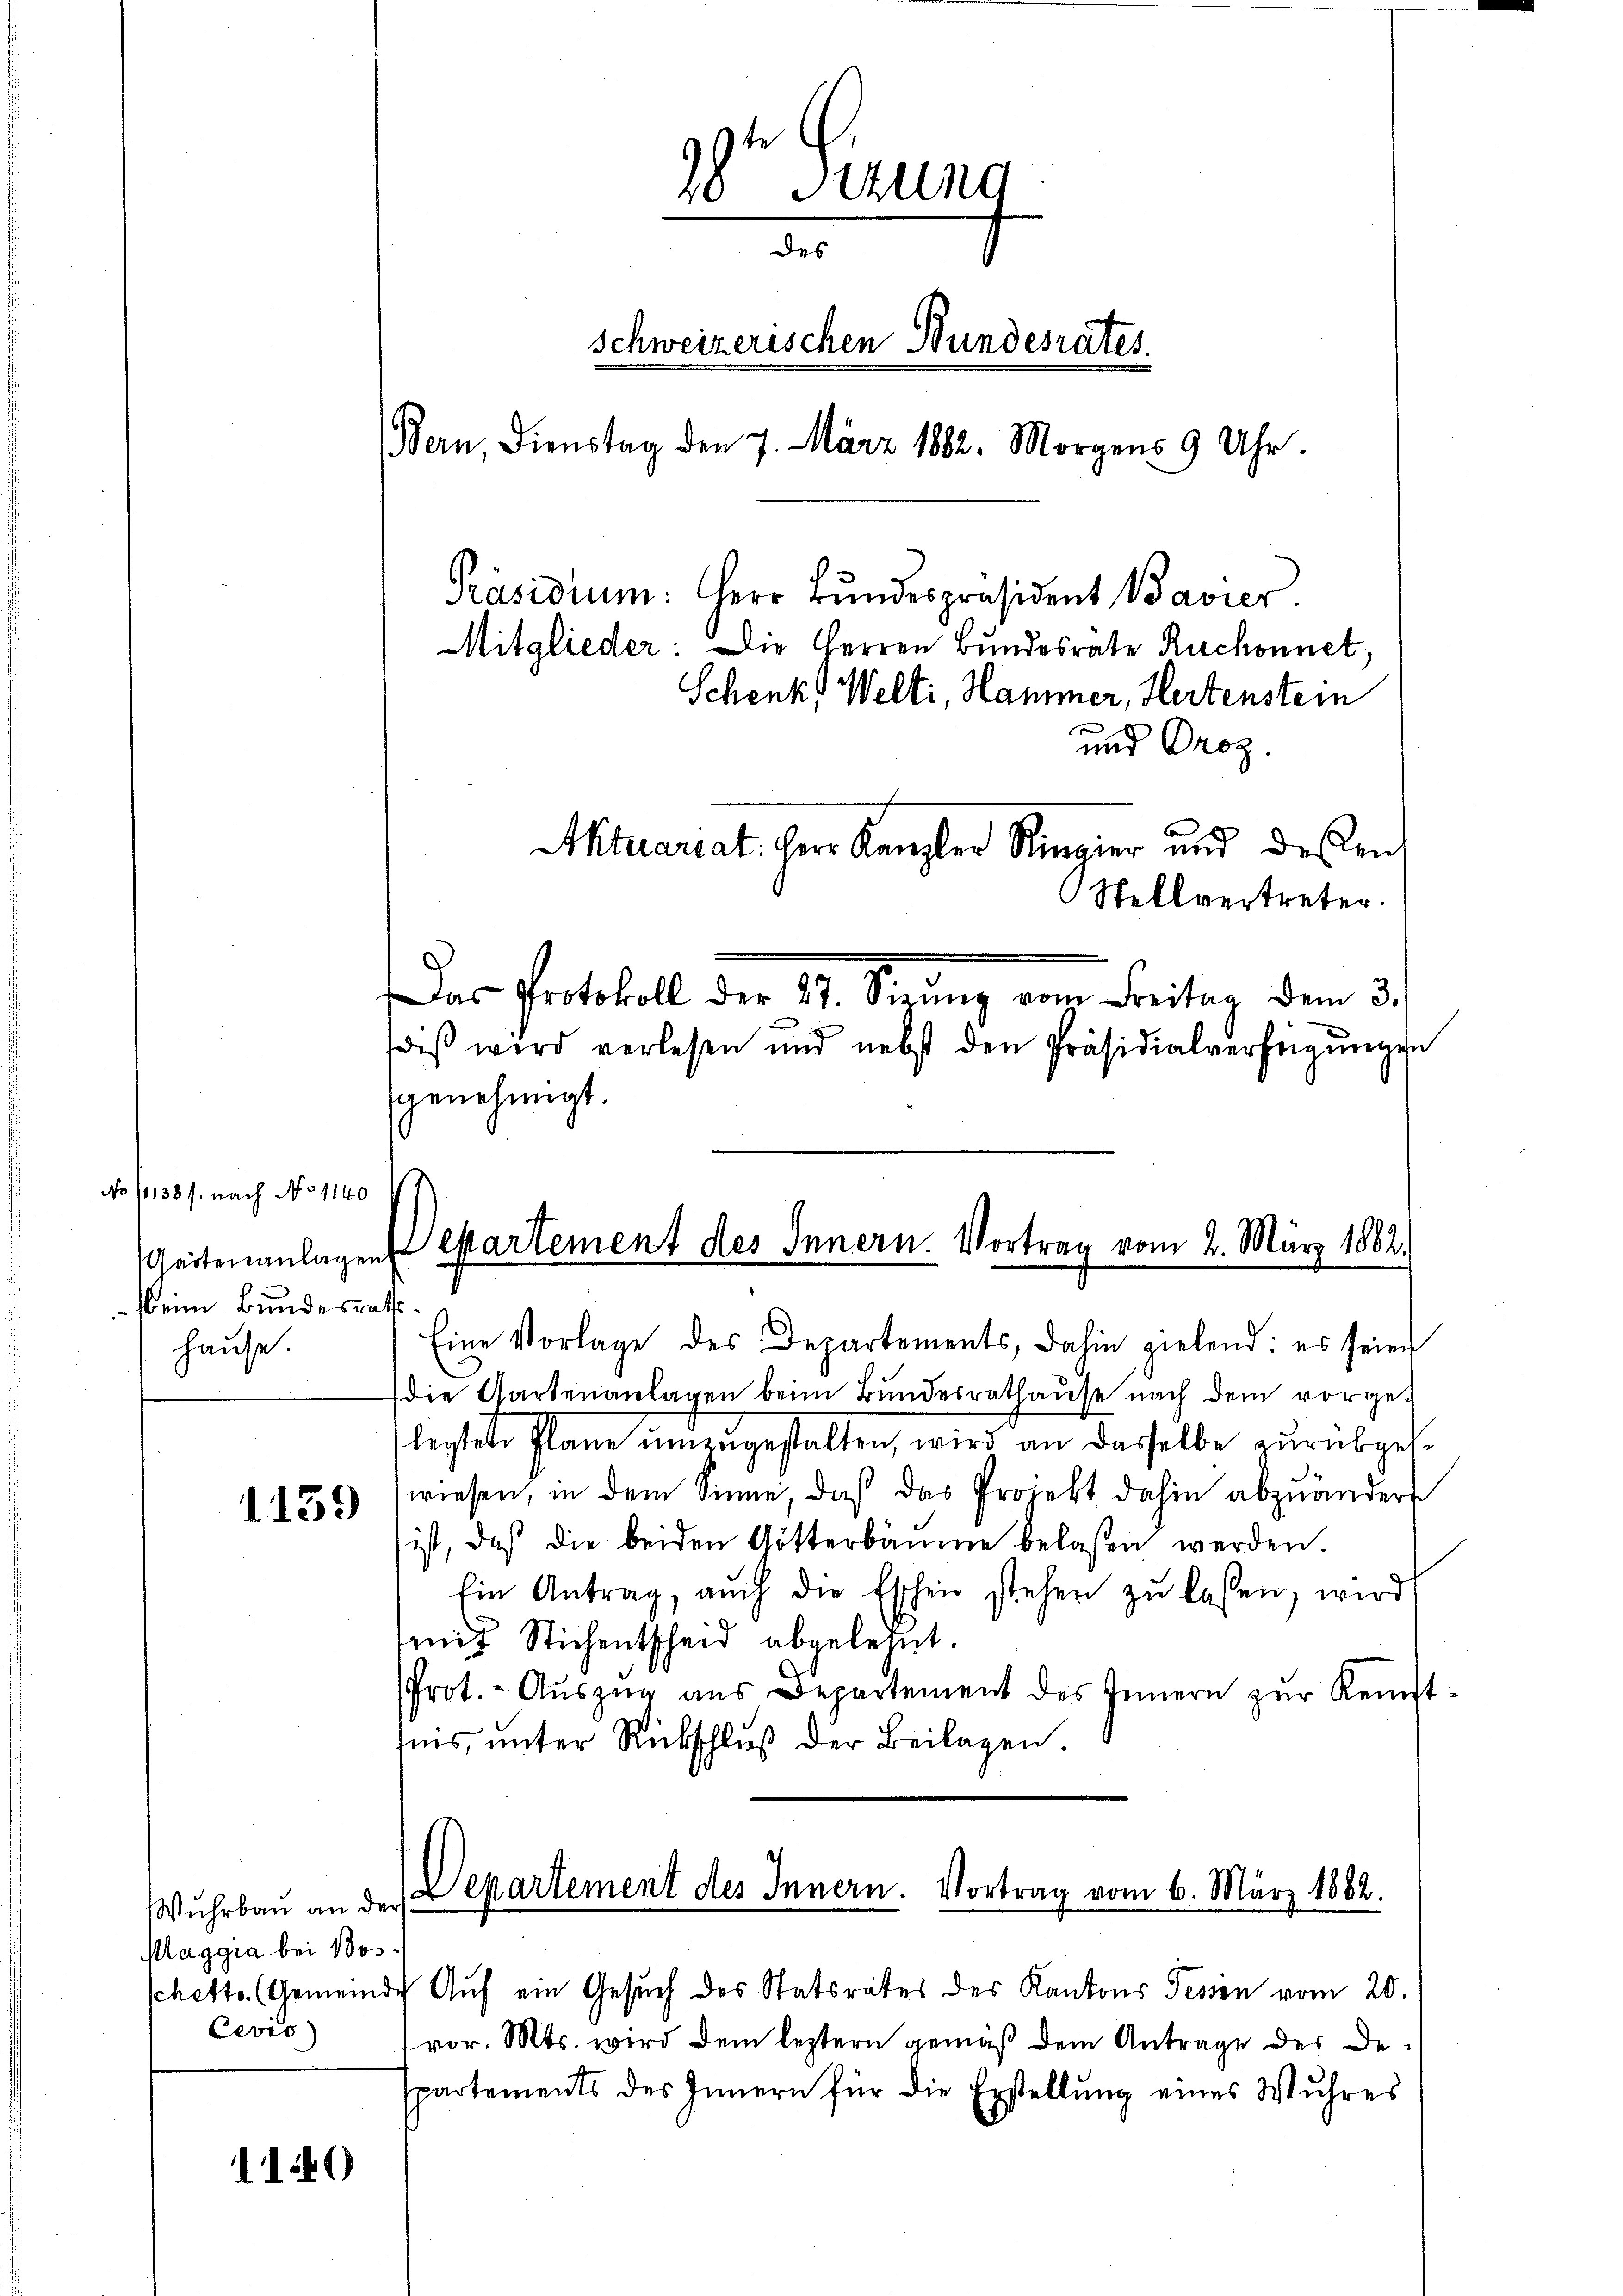
No 11138 s. nach No 1140
Geitenanlagen
beim Bundesrathshause.

1159

Wuhrbau an der
Maggia bei Bos
Cevis

1140

Eine Vorlage des Departements, dahin zielend: es seien
die Gartenanlagen beim Bundesrathaŭse nach dem vorge-
legtete Plane umzugestalten, wird an dasselbe zurükgehe
wiesen, in dem Sinne, daß das Projekt dahin abzuändert
ist, daß die beiden Götterbäume belaßen werden.
Ein Antrag, auch die Eschen stehen zŭ lassen, wird
mit Stichentscheid abgelehnt.
Prot. - Aŭszŭg aŭs Departement des Innern zŭr Kennt-
sins, unter Rückschluß der Beilagen

und Proz.
Stellvertreter.
Das Protokoll der 21. Siennig vom Breitag dem 3.
diβ wird verlesen und nebst den Präsidialverfügŭngen
genehmigt.

r Sitzung
—
des
schweizerischen Bundesrates.
Bern, Dienstag den 7. März 1882. Morgens 9 Uhr.
Präsidium. Herr Bŭndespräsident Bavier
Mitglieder: Die Herren Bundesrate Ruchonnet,
Schenk Welti, Hammer, Hertenstein

Aktuariat. Herr Kanzler Ringier und deßen

Separtement des Innern. Vortrag vom 2. März 1882.

Departement des Innern. Vortrag vom 6. März 1882.

schette (Gemeinde Auf ein Gesuch des Statsrates des Kantons Tessen vom 20.
vor. Mts. wird dem leztern gemäß dem Antrage des Despartements des Innern für die Erstellŭng eines Wuhres